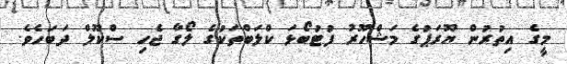
މީގެ އިތުރުން ޔޫރަޕުގެ މަޝްހޫރު ފުޓުބޯޅަ ކްލަބްތަކުގެ ލޯގާ ޖެހި ސްކޫލް ދަބަހެވެ.